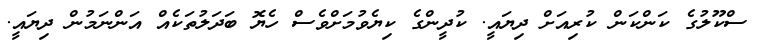
ސްކޫލުގެ ކަންކަން ކުރިއަށް ދިޔައީ. ކުދީންގެ ކިޔެވުމަށްވެސް ހެޔޮ ބަދަލުތަކެއް އަންނަމުން ދިޔައީ.